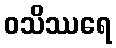
ဝသိဿရေ